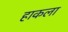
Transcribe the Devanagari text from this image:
हाकला